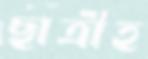
ছাত্রীহ